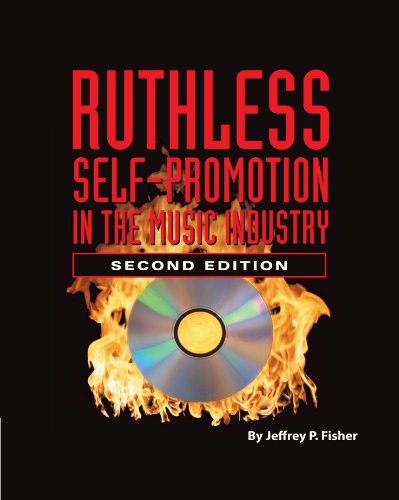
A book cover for Ruthless Self-Promotion in the Music Industry; Jeffrey P. Fisher; Computers & Technology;